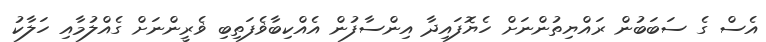
އެސް ގެ ސަބަބުން ރައްޔިތުންނަށް ހެޔޮފައިދާ އިންސާފުން އެއްކިބާޥެފަތިބި ޥެރީންނަށް ގެއްލުމާއި ހަލާކު